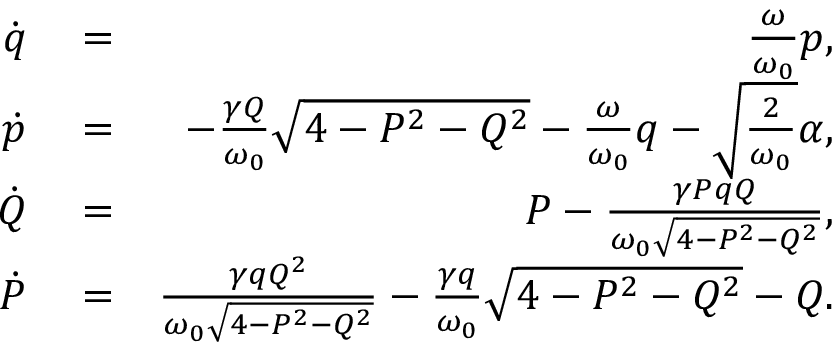
\begin{array} { r l r } { \dot { q } } & { { } = } & { \frac { \omega } { \omega _ { 0 } } p , } \\ { \dot { p } } & { { } = } & { - \frac { \gamma Q } { \omega _ { 0 } } \sqrt { 4 - P ^ { 2 } - Q ^ { 2 } } - \frac { \omega } { \omega _ { 0 } } q - \sqrt { \frac { 2 } { \omega _ { 0 } } } \alpha , } \\ { \dot { Q } } & { { } = } & { P - \frac { \gamma P q Q } { \omega _ { 0 } \sqrt { 4 - P ^ { 2 } - Q ^ { 2 } } } , } \\ { \dot { P } } & { { } = } & { \frac { \gamma q Q ^ { 2 } } { \omega _ { 0 } \sqrt { 4 - P ^ { 2 } - Q ^ { 2 } } } - \frac { \gamma q } { \omega _ { 0 } } \sqrt { 4 - P ^ { 2 } - Q ^ { 2 } } - Q . } \end{array}